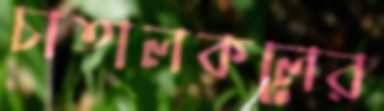
চাতালকলের